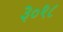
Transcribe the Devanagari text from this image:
३०१८